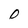
Character: D